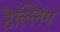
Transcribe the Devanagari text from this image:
टेल्लिंग